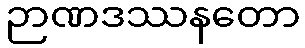
ဉာဏဒဿနတော